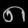
Digit: ၈